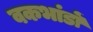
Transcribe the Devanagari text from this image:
वकभांडों